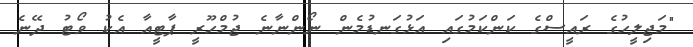
"މަޖިލީހުގެ ރައީސްގެ ކަންކަމުގައި އަޅުގަނޑުމެން ނޯންނާނެ ޖުމްހޫރީ ޕާޓީއާ އެކު ވޯޓު ދޭނެ